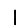
Digit: 1